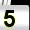
Digit: 5